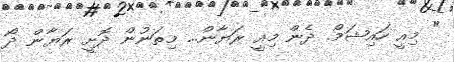
" މިއީ ހައިޝަމް. ދެން މިއީ ރަޔާން... މިތަނުން ދޮށީ ރަޔާން ދޯ